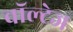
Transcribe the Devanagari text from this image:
वॉल्टेज